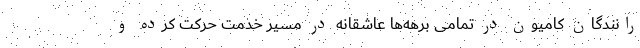
رانندگان کامیون در تمامی برهه‌ها عاشقانه در مسیر خدمت حرکت کرده‌ و